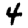
Digit: 4